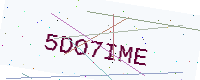
Text: 5DO7IME